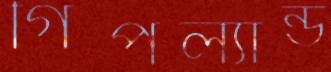
গিপল্যান্ড